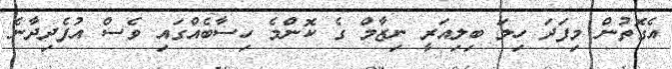
އެގޮތުން މިފަދަ ހިލަ ބިލިއަރީ ނިޒާމް ގެ ކޮންމެ ހިސާބެއްގައި ވެސް އުފެދިދާނެ